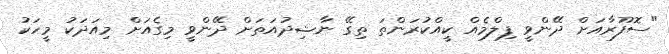
"ސޮފޫރާއަށް ދޭންވީ ފިލްމެއް ކީއްކުރަންތަ ތިގޭ ނާޝިދުއަތަށް ދޭންވީ މިގެއަށް މިއަދަކު މީހަކު